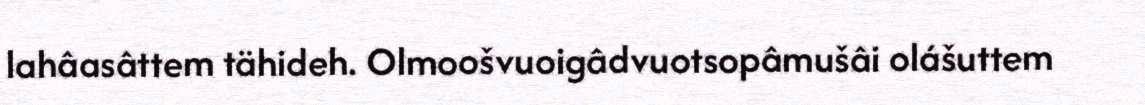
lahâasâttem tähideh. Olmoošvuoigâdvuotsopâmušâi olášuttem